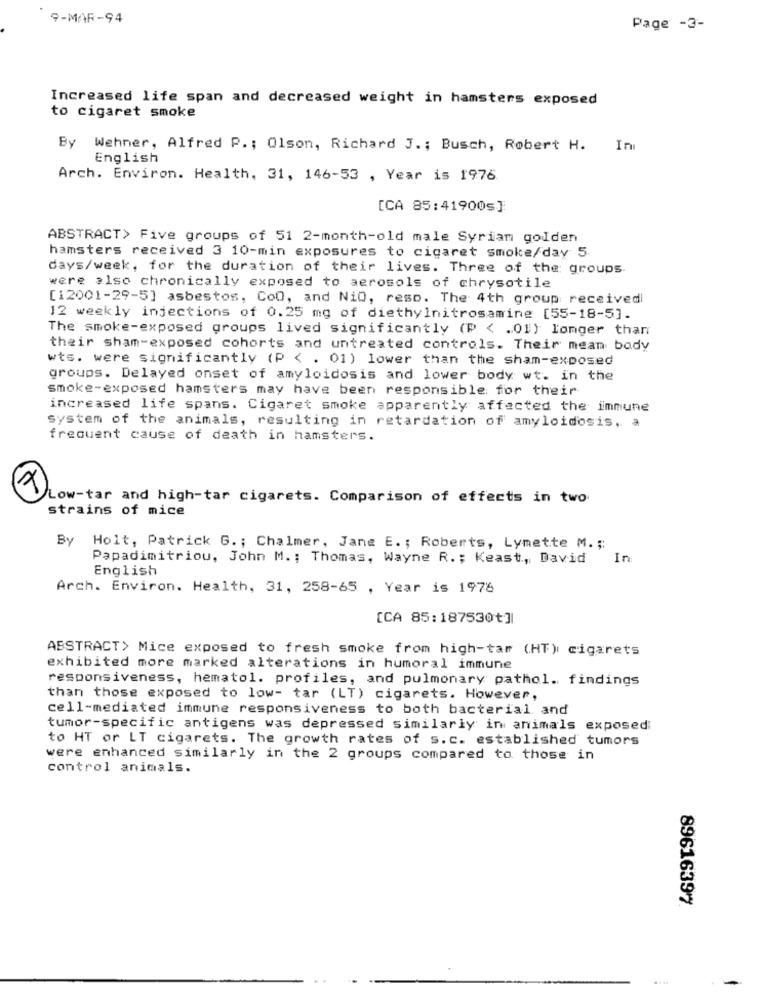
9-MAR-94
Page -3-
Increased life span and decreased weight in hamsters exposed
to cigaret smoke
By Wehner, Alfred P .; Olson, Richard J .; Busch, Robert H. In
English
Arch. Environ. Health, 31, 146-53 , Year is 1976
[CA 85:41900s]
ABSTRACT> Five groups of 51 2-month-old male Syrian gouden
hamsters received 3 10-min exposures to cigaret smoke/day 5
days/week, for the duration of their lives. Three of the groups.
were also chronically exposed to aerosols of chrysotile
[12001-29-5] asbestos, CoO, and Nio, reso. The 4th group received
12 weekly injections of 0.25 mg of diethylnitrosamine [55-18-5].
The smoke-exposed groups lived significantly (P < . 01) longer than
their sham-exposed cohorts and untreated controls. Their mean body
wts. were significantly (P < . 01) lower than the sham-exposed
groups. Delayed onset of amyloidosis and lower body wt. in the
smoke-exposed hamsters may have been responsible for their
increased life spans. Cigaret smoke apparently affected the immune
system of the animals, resulting in retardation of amyloidosis, a
frequent cause of death in hamsters.
Low-tar and high-tar cigarets. Comparison of effects in two
strains of mice
By Holt, Patrick G. ; Chalmer, Jane E. ; Roberts, Lymette M. ;:
Papadimitriou, John M .; Thomas, Wayne R .; Keast, David In
English
Arch. Environ. Health, 31, 258-65 , Year is 1976
[CA 85:187530+]|
ABSTRACT> Mice exposed to fresh smoke from high-tar (HT) cigarets
exhibited more marked alterations in humoral immune
responsiveness, hematol. profiles, and pulmonary pathol. findings
than those exposed to low- tar (LT) cigarets. However,
cell-mediated immune responsiveness to both bacterial and
tumor-specific antigens was depressed similarly in animals exposed
to HT or LT cigarets. The growth rates of s.c. established tumors
were enhanced similarly in the 2 groups compared to those in
control animals.
89616397